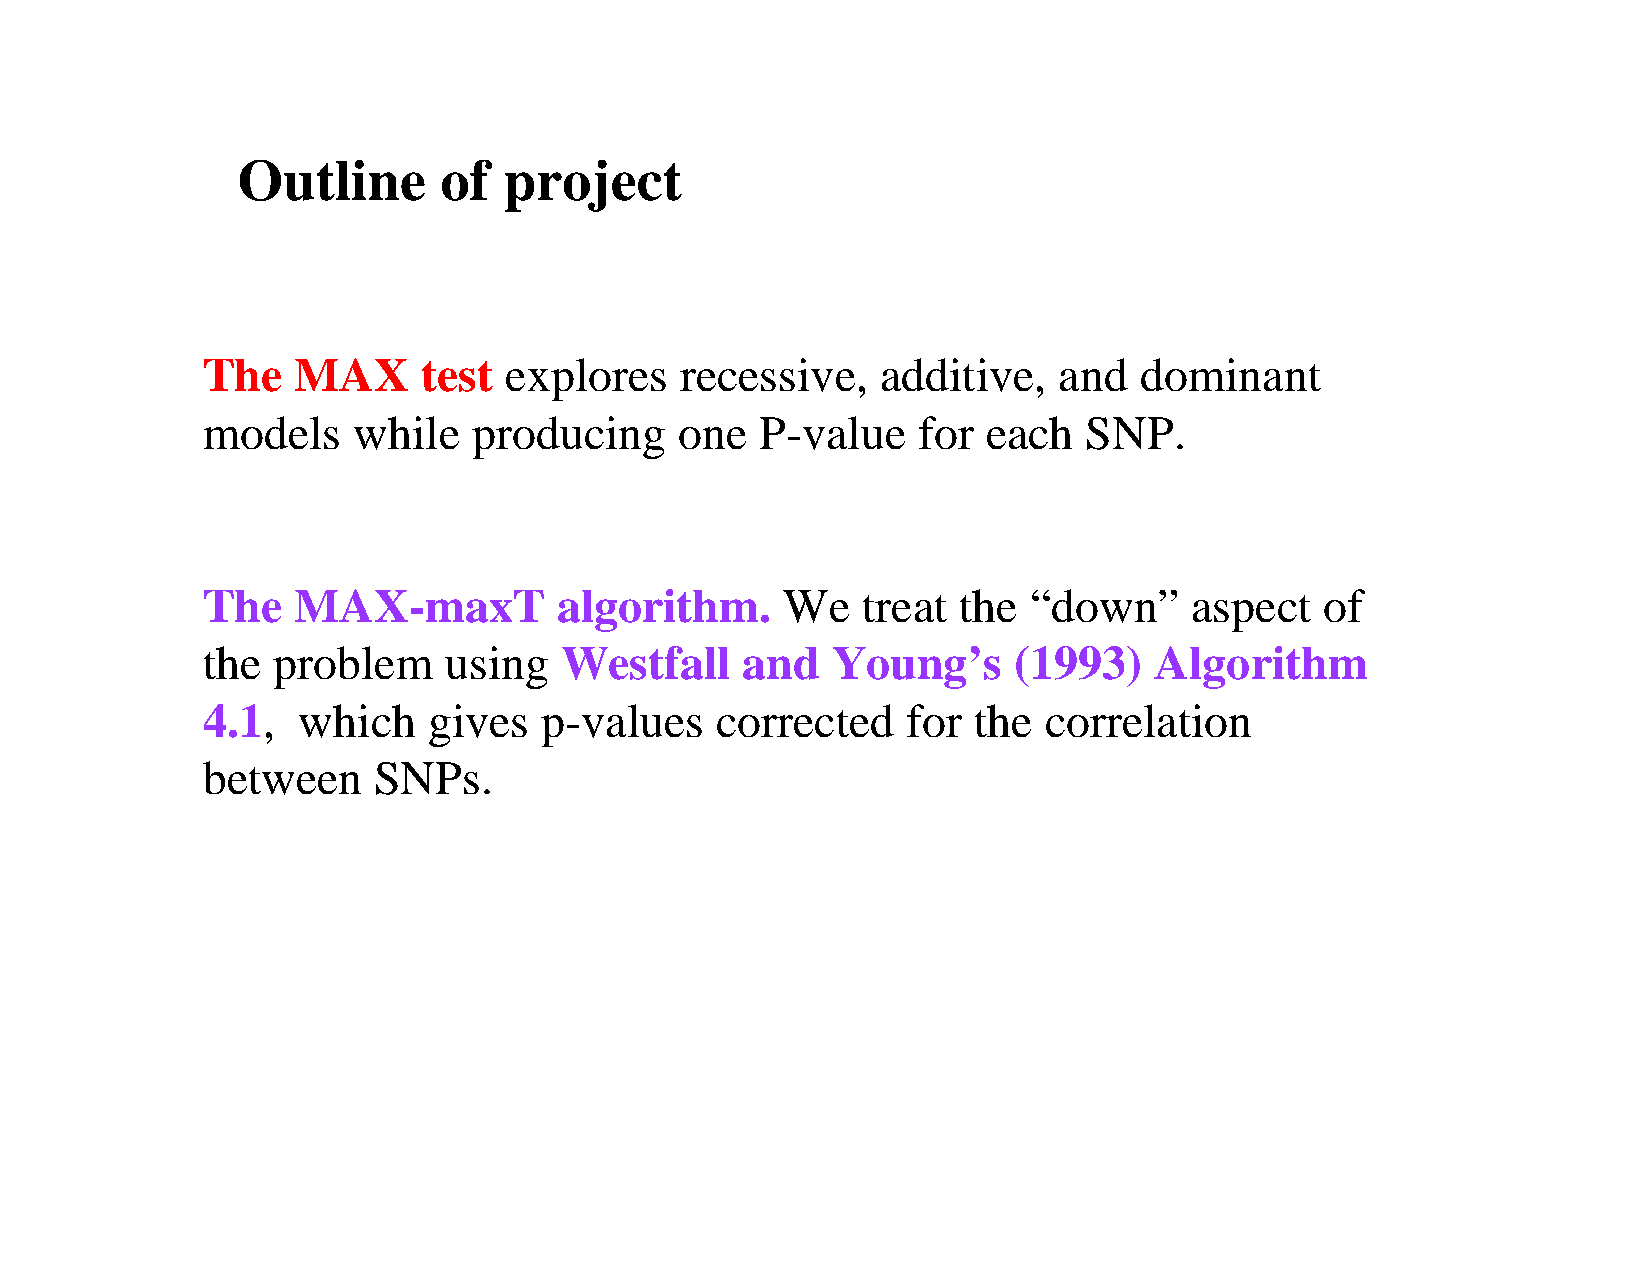
Outline      of  project
 The   MAX      test explores    recessive,   additive,   and  dominant
 models    while   producing     one  P-value    for each   SNP.
 The   MAX-maxT          algorithm.     We   treat the  “down”     aspect   of
 the  problem    using   Westfall    and   Young’s     (1993)   Algorithm
 4.1,   which   gives   p-values   corrected    for the  correlation
 between     SNPs.